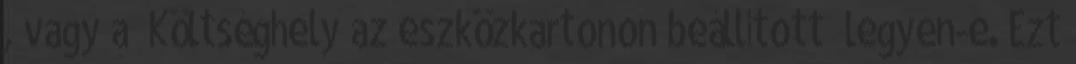
, vagy a “Költséghely az eszközkartonon beállított” legyen-e. Ezt